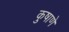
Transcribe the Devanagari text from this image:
कुषाणे